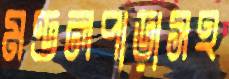
মণ্ডলপাড়াসহ